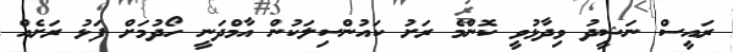
ރައީސް ނަޝީދު ވިދާޅުވީ ކޮންމެ ރަށު ކައުންސިލަކުން އާމްދަނީ ހޯދުމަށް ފަޅު ރަށެއް